Civil Veterinary Department Bihar reports 1940-50 - 1940-1950
Year: 1940
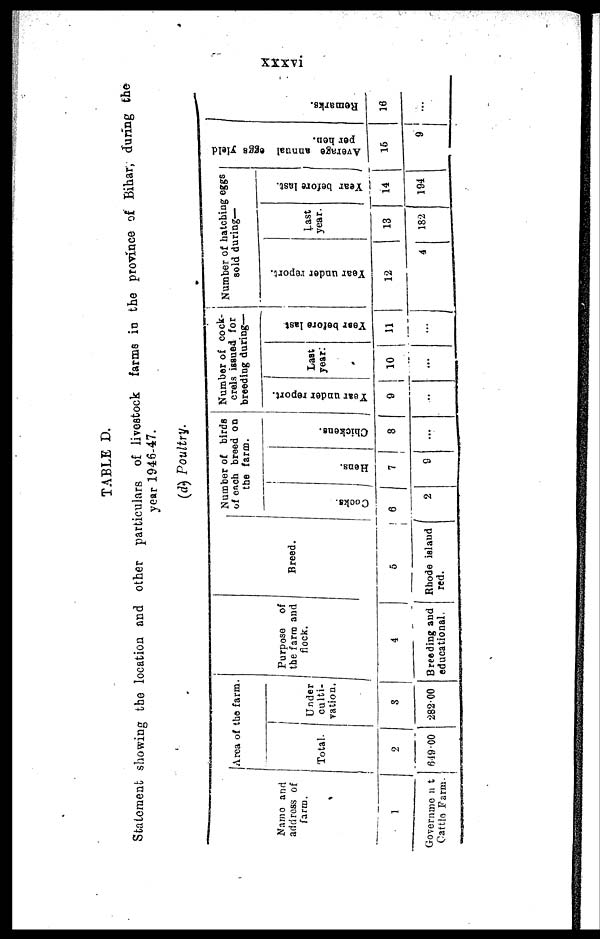
xxxvi
TABLE D.
Statement showing the location and other particulars of livestock farms in the province of bihar, during the
year 1946-47.
(d) Poultry.
Name and
address of
farm.
1
Government
Cattle Farm.
Area of the farm.
Total.
2
649.00
Under
culti-
vation.
3
282.00
Purpose
of
the farm and
flock.
4
Breeding and
educational.
Breed.
5
Rhode island
red.
Number of birds
of each breed on
the farm.
Cooks.
6
2
Hens.
7
9
Chickens.
8
...
Number of cock-
crels issued for
breeding during—
Year under report.
9
...
Last
year.
10
...
Year
before last
11
...
Number of hatching eggs
sold during—
Year under report.
12
4
Last
year.
13
182
Year before last.
14
194
Average annual eggs yield
per hen.
15
9
Remarks.
16
...